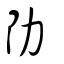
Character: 阞